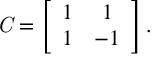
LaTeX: { \it C } = \left[ \begin{array} { c c c c c c c c } { { 1 } } & { { 1 } } \\ { { 1 } } & { { - 1 } } \end{array} \right] .